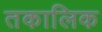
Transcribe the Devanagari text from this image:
तकालिक